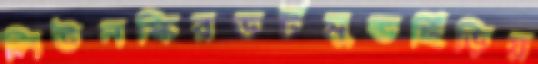
লিউনস্কিরডর্টমুন্ডছিঁড়িয়